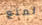
لمنع